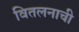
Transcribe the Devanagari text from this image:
वितलनाची